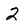
Character: 2